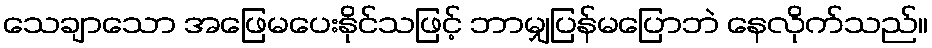
သေချာသော အဖြေမပေးနိုင်သဖြင့် ဘာမျှပြန်မပြောဘဲ နေလိုက်သည်။